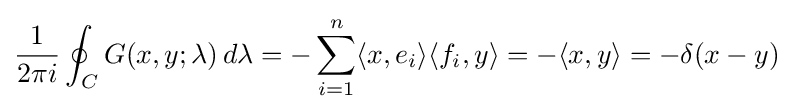
{\frac {1}{2\pi i}}\oint _{C}G(x,y;\lambda )\,d\lambda =-\sum _{i=1}^{n}\langle x,e_{i}\rangle \langle f_{i},y\rangle =-\langle x,y\rangle =-\delta (x-y)